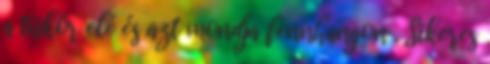
a tükör elé és azt mondja fennhangon . Sikeres